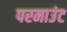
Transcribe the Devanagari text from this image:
परमाउंट